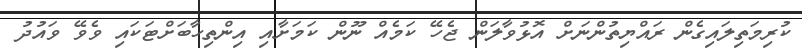
ކުރިމަތިލައިގެން ރައްޔިތުންނަށް އޮޅުވާލަން ޖެހޭ ކަމެއް ނޫން ކަމަށާއި އިންތިހާބަށްޓަކައި ވެވޭ ވައުދު